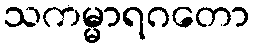
သကမ္မာရဂတော